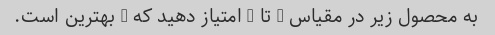
به محصول زیر در مقیاس 1 تا 5 امتیاز دهید که 5 بهترین است.